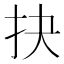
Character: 抉